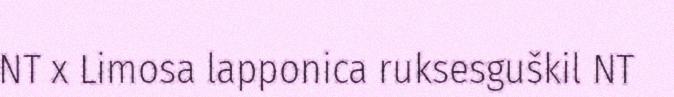
NT x Limosa lapponica ruksesguškil NT